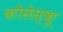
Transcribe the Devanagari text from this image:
कौसेस्कू